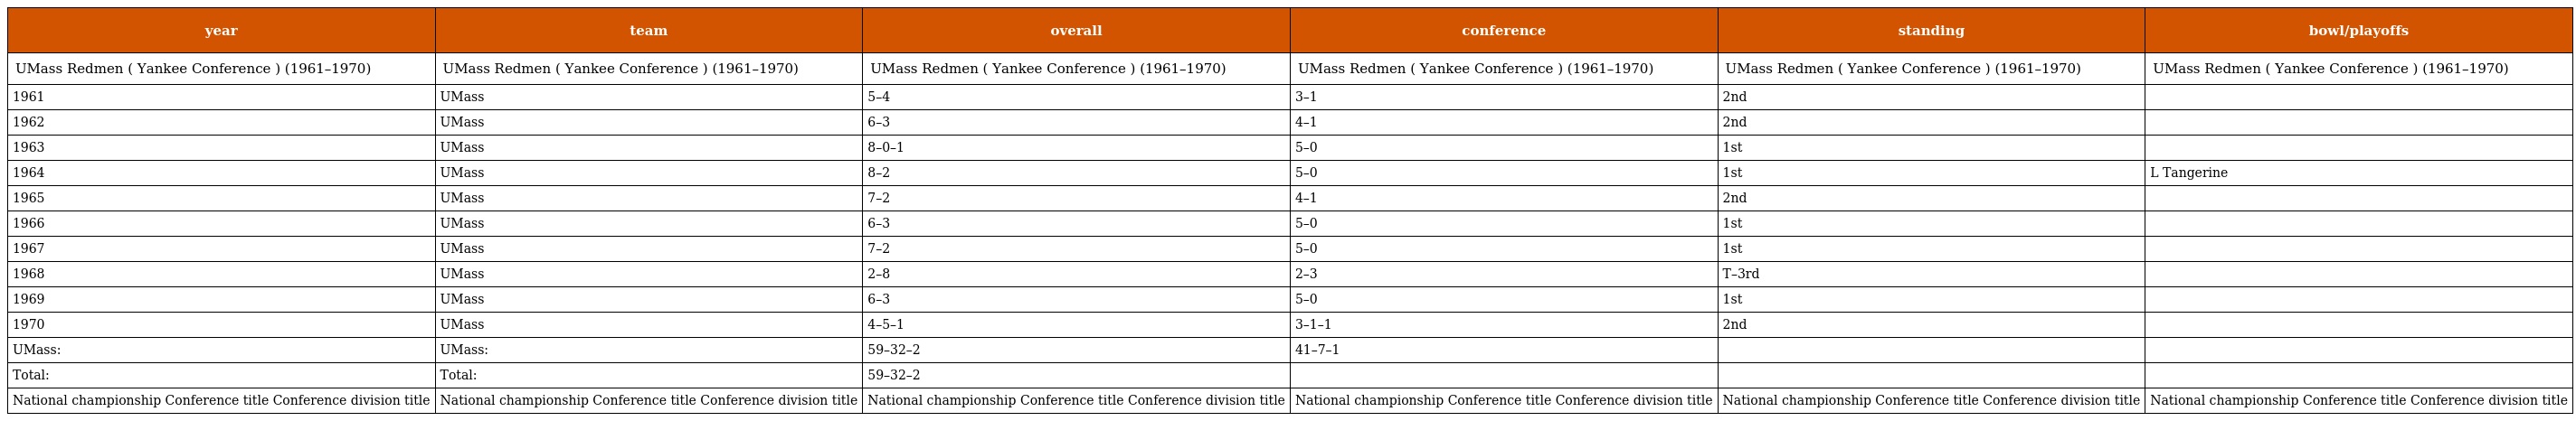
| year | team | overall | conference | standing | bowl/playoffs |
 | --- | --- | --- | --- | --- | --- |
 | UMass Redmen ( Yankee Conference ) (1961–1970) | UMass Redmen ( Yankee Conference ) (1961–1970) | UMass Redmen ( Yankee Conference ) (1961–1970) | UMass Redmen ( Yankee Conference ) (1961–1970) | UMass Redmen ( Yankee Conference ) (1961–1970) | UMass Redmen ( Yankee Conference ) (1961–1970) |
 | 1961 | UMass | 5–4 | 3–1 | 2nd |  |
 | 1962 | UMass | 6–3 | 4–1 | 2nd |  |
 | 1963 | UMass | 8–0–1 | 5–0 | 1st |  |
 | 1964 | UMass | 8–2 | 5–0 | 1st | L Tangerine |
 | 1965 | UMass | 7–2 | 4–1 | 2nd |  |
 | 1966 | UMass | 6–3 | 5–0 | 1st |  |
 | 1967 | UMass | 7–2 | 5–0 | 1st |  |
 | 1968 | UMass | 2–8 | 2–3 | T–3rd |  |
 | 1969 | UMass | 6–3 | 5–0 | 1st |  |
 | 1970 | UMass | 4–5–1 | 3–1–1 | 2nd |  |
 | UMass: | UMass: | 59–32–2 | 41–7–1 |  |  |
 | Total: | Total: | 59–32–2 |  |  |  |
 | National championship Conference title Conference division title | National championship Conference title Conference division title | National championship Conference title Conference division title | National championship Conference title Conference division title | National championship Conference title Conference division title | National championship Conference title Conference division title |